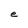
Character: e